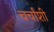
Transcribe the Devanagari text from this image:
चर्चांशी